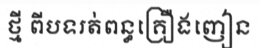
ថ្មី ពីបទរត់ពន្ធគ្រឿងញៀន